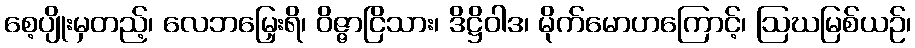
စေ့ပျိုးမှတည့်၊ လေဘမြှေးရိ၊ ဝိဇ္ဇာငြိသား၊ ဒိဋ္ဌိဝါဒ၊ မိုက်မောဟကြောင့်၊ ဩဃမြစ်ယဉ်၊